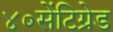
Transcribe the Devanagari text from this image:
४०सेंटिग्रेड